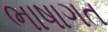
ભાષાગત